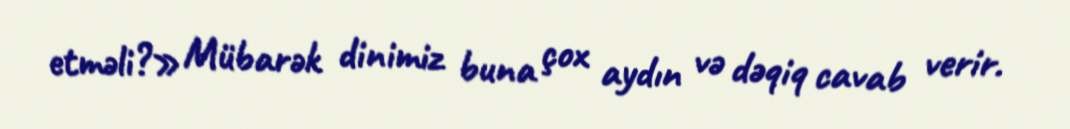
etməli?» Mübarək dinimiz buna çox aydın və dəqiq cavab verir.